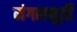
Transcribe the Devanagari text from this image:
मंगलमुर्ती